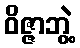
ဝိဇ္ဇာဘွဲ့